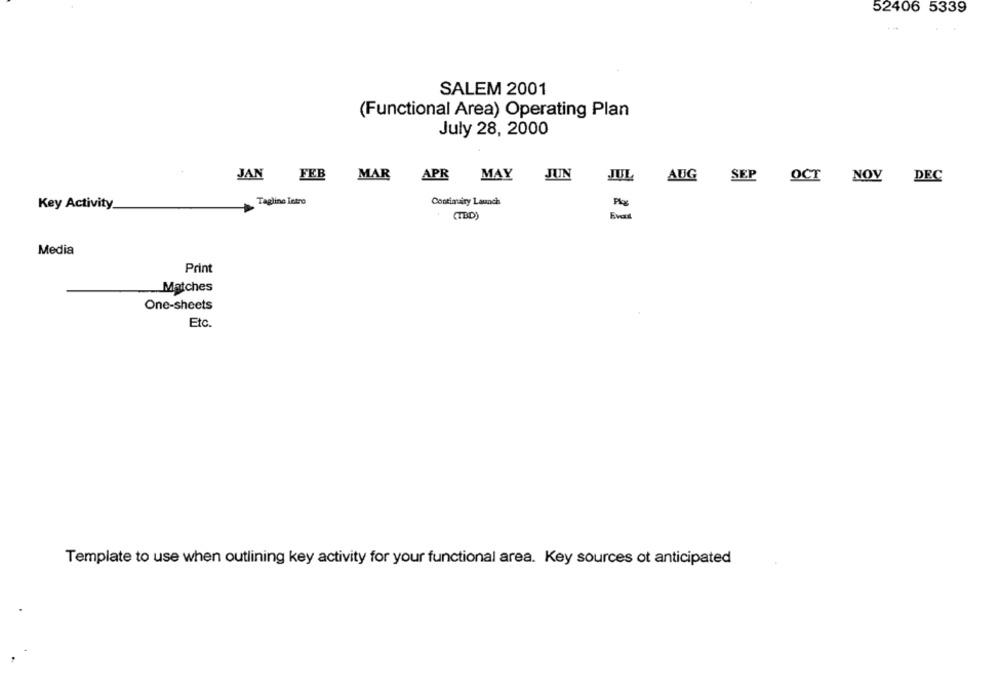
52406 5339
SALEM 2001
(Functional Area) Operating Plan
July 28, 2000
JAN FEB MAR
APR MAY
JUIN
JUL
AUG SEP OCT NOV DEC
Tagline Intro
Continuity Launch
Plos
Key Activity
(TED)
Media
Print
Matches
One-sheets
Etc.
Template to use when outlining key activity for your functional area. Key sources ot anticipated